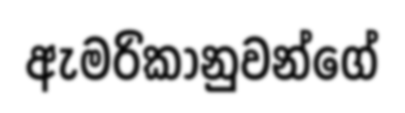
ඇමරිකානුවන්ගේ